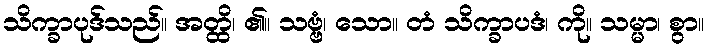
သိက္ခာပုဒ်သည်။ အတ္ထိ၊ ၏။ သဗ္ဗံ၊ သော။ တံ သိက္ခာပဒံ၊ ကို။ သမ္မာ၊ စွာ။